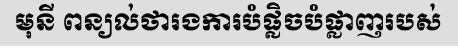
មុនី ពន្យល់ថារងការបំផ្លិចបំផ្លាញរបស់